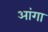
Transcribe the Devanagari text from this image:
आंगा